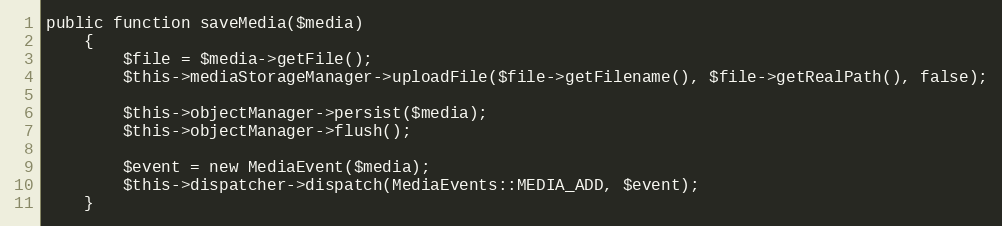
Language: PHP
public function saveMedia($media)
    {
        $file = $media->getFile();
        $this->mediaStorageManager->uploadFile($file->getFilename(), $file->getRealPath(), false);

        $this->objectManager->persist($media);
        $this->objectManager->flush();

        $event = new MediaEvent($media);
        $this->dispatcher->dispatch(MediaEvents::MEDIA_ADD, $event);
    }